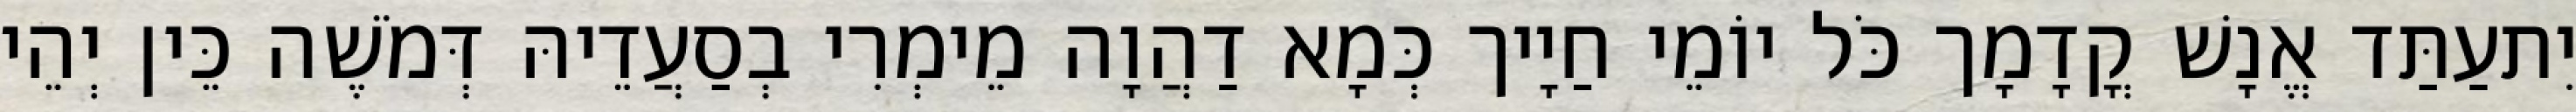
יִתעַתַּד אֱנָשׁ קֳדָמָך כֹּל יוֹמֵי חַיָיך כְּמָא דַהֲוָה מֵימְרִי בְסַעֲדֵיהּ דְּמֹשֶׁה כֵּין יְהֵי